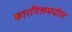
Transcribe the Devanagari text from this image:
कारगिलमधील